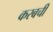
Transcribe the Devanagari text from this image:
करबची